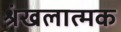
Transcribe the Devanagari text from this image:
श्रंखलात्मक